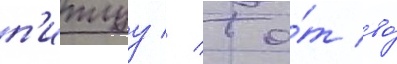
п'итцу // То́т во́